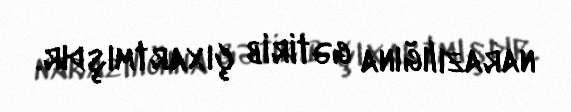
narazılığına gətirib çıxartmışdır.